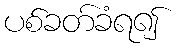
ပစ်ခတ်ခံရ၍